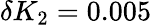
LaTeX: \delta{K_{2}}=0.005